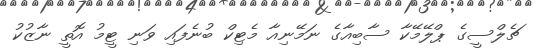
ޗެލްސީގެ ޕްލޭމޭކާ ސާބިއާގެ ނަމޭނިއާ މެޓިކް ބުނެފައި ވަނި ޓީމު އޮތީ ނާޒުކު